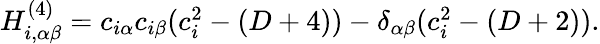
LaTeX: \begin{array}{r}{H_{i,\alpha\beta}^{(4)}=c_{i\alpha}c_{i\beta}(c_{i}^{2}-(D+4))-\delta_{\alpha\beta}(c_{i}^{2}-(D+2)).}\end{array}